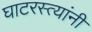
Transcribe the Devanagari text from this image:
घाटरस्त्यांनी